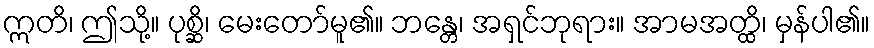
ဣတိ၊ ဤသို့။ ပုစ္ဆိ၊ မေးတော်မူ၏။ ဘန္တေ၊ အရှင်ဘုရား။ အာမအတ္ထိ၊ မှန်ပါ၏။